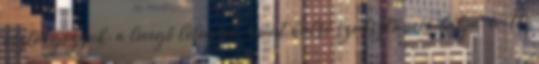
osztályozzuk: a levegő lélegzet , mint külső szubsztancia báhja-vritti